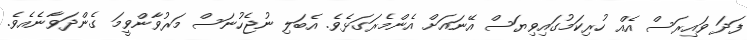
ފަދަ ވައިރަސް އެއް ހުރިކަމުގައިވިޔަސް އޭނައަށް އެންމެރަގަޅެވެ. އެބަލި ނުޖެހުނަސް މަރުވާންވީމަ ގެންދަވާނެއެވެ.